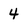
Character: 4